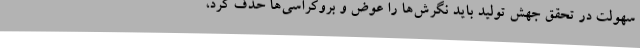
سهولت در تحقق جهش تولید باید نگرش‌ها را عوض و بروکراسی‌ها حذف کرد،